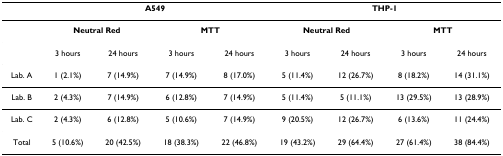
|  | <COLSPAN=4> A549 | <COLSPAN=4> THP-1 |
 | --- | --- | --- | --- | --- | --- | --- | --- | --- |
 |  | <COLSPAN=2> Neutral Red | <COLSPAN=2> MTT | <COLSPAN=2> Neutral Red | <COLSPAN=2> MTT |
 |  | 3 hours | 24 hours | 3 hours | 24 hours | 3 hours | 24 hours | 3 hours | 24 hours |
 | Lab. A | 1 (2.1%) | 7 (14.9%) | 7 (14.9%) | 8 (17.0%) | 5 (11.4%) | 12 (26.7%) | 8 (18.2%) | 14 (31.1%) |
 | Lab. B | 2 (4.3%) | 7 (14.9%) | 6 (12.8%) | 7 (14.9%) | 5 (11.4%) | 5 (11.1%) | 13 (29.5%) | 13 (28.9%) |
 | Lab. C | 2 (4.3%) | 6 (12.8%) | 5 (10.6%) | 7 (14.9%) | 9 (20.5%) | 12 (26.7%) | 6 (13.6%) | 11 (24.4%) |
 | Total | 5 (10.6%) | 20 (42.5%) | 18 (38.3%) | 22 (46.8%) | 19 (43.2%) | 29 (64.4%) | 27 (61.4%) | 38 (84.4%) |